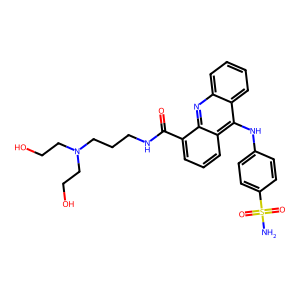
SMILES: NS(=O)(=O)c1ccc(Nc2c3ccccc3nc3c(C(=O)NCCCN(CCO)CCO)cccc23)cc1
Inhibits HIV replication: No